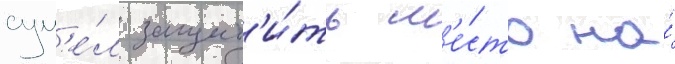
сум'е́л защит'и́ть м'е́сто на́